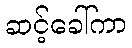
ဆင့်ခေါ်ကာ